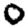
Digit: 0